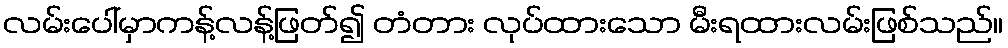
လမ်းပေါ်မှာကန့်လန့်ဖြတ်၍ တံတား လုပ်ထားသော မီးရထားလမ်းဖြစ်သည်။